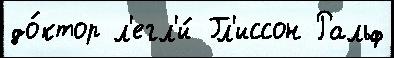
до́ктор л'егл'и́ Гл'иссон Ральф